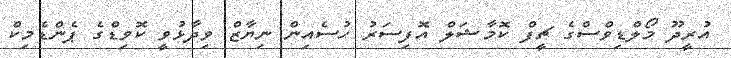
އުރީދޫ މޯލްޑިވްސްގެ ޗީފް ކޮމާޝަލް އޮފިސަރު ހުސެއިން ނިޔާޒް ވިދާޅުވީ ކޮވިޑްގެ ޕެންޑެމިކް